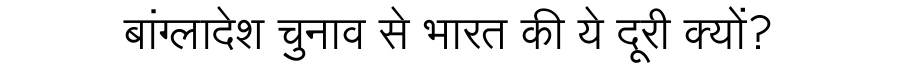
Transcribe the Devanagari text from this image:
बांग्लादेश चुनाव से भारत की ये दूरी क्यों?